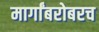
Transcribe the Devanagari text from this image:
मार्गांबरोबरच